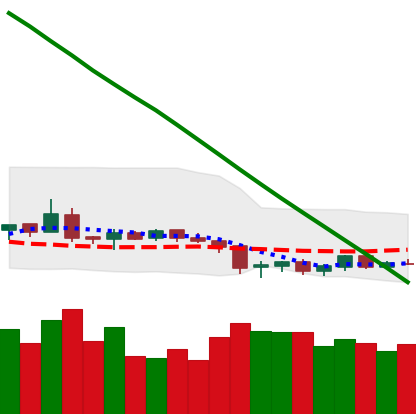
Ticker: NEO-USD
Chart end date: 2019-02-05
Forward return: 12.574%
Label: up_7plus